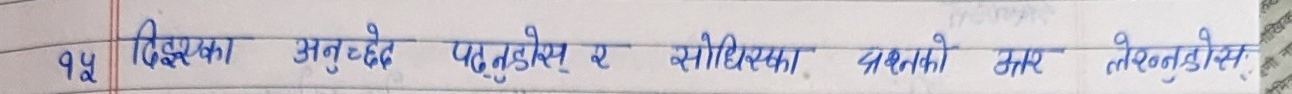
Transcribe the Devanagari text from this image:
१५ दिएको अनुच्छेद पढ्नुहोस् र सोधिएका प्रश्नको उत्तर लेख्नुहोस्